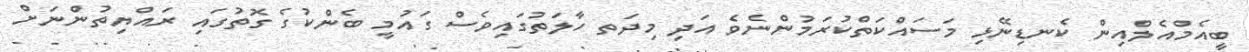
ބީއެމްއެލްއިން ކެނޑިނޭޅި މަަސައްކަތްކުރަމުންނެވެ އަދި މިދަތ ހާލަތުގައިވެސް ގައުމީ ބެންކުގެ ގޮތުގައި ރައްޔިތުންނަށް